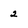
Character: 2